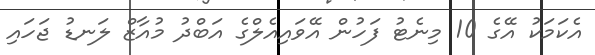
އެކަމަކު އޭގެ 10 މިނެޓު ފަހުން އޭވައިއެލްގެ އަބްދު މުއާޒް ލަނޑު ޖަހައި